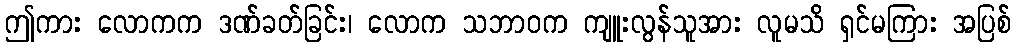
ဤကား လောကက ဒဏ်ခတ်ခြင်း၊ လောက သဘာဝက ကျူးလွန်သူအား လူမသိ ရှင်မကြား အပြစ်